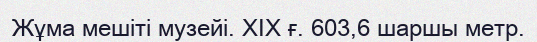
Жұма мешіті музейі. ХІХ ғ. 603,6 шаршы метр.